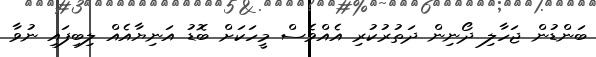
ބަންޑުން ޖަހާލި ދޯނިން ދަތުރުކުރި އެއްވެސް މީހަކަށް ބޮޑު އަނިޔާއެއް ލިބިފައި ނުވާ